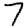
Digit: 7